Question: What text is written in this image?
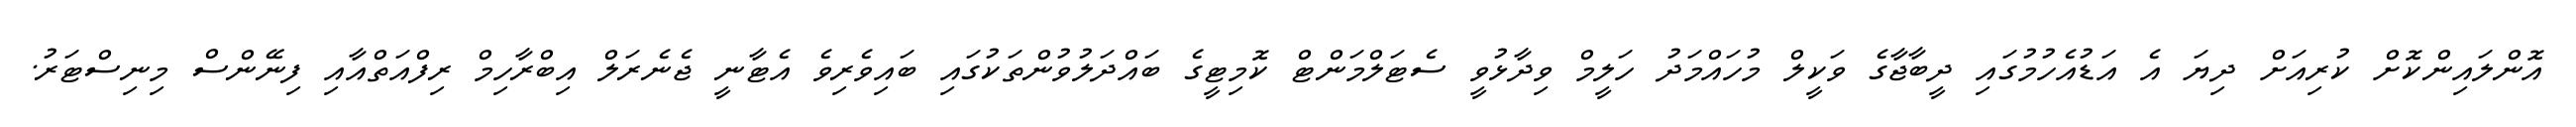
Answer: އޮންލައިންކޮށް ކުރިއަށް ދިޔަ އެ އަޑުއެހުމުގައި ދީބާޖާގެ ވަކީލް މުހައްމަދު ހަލީމް ވިދާޅުވީ ސެޓަލްމަންޓް ކޮމިޓީގެ ބައްދަލުވުންތަކުގައި ބައިވެރިވެ އެޓާނީ ޖެނެރަލް އިބްރާހިމް ރިފްއަތްއާއި ފިނޭންސް މިނިސްޓަރު.